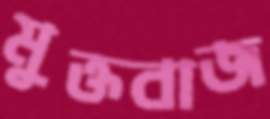
মুক্তবাজ